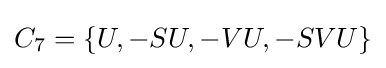
C_{7}=\{U,-SU,-VU,-SVU\}